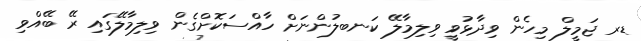
ޑރ ޖަމީލް މިހެން ވިދާޅުވީ ވިލިމާލޭ ކަނބލުންނަށް ހާއްސަކޮށްގެން ވިލިމާލޭގައި ރޭ ބޭއްވި